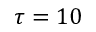
\tau = 1 0